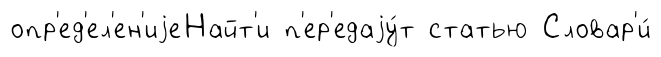
опр'ед'ел'ен'иjеНайт'и п'ер'едаjу́т статью Словар'и́